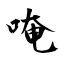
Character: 唵